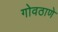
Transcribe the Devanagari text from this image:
गोवठाणे